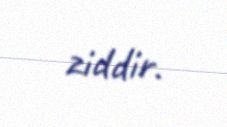
ziddir.